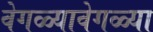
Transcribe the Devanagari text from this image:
वेगळ्यावेगळ्या